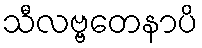
သီလဗ္ဗတေနာပိ